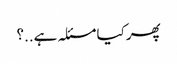
پھر کیا مسئلہ ہے..؟